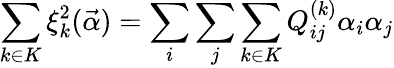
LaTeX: \sum_{k\in K}\xi_{k}^{2}(\vec{\alpha})=\sum_{i}\sum_{j}\sum_{k\in K}Q_{ij}^{(k)}\alpha_{i}\alpha_{j}